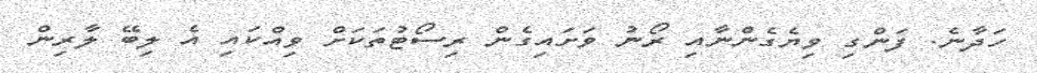
ހަދާނެ. ފަންގި ވިޔެގެންނާއި ރޯނު ވަށައިގެން ރިސޯޓުތަކަށް ވިއްކައި އެ ލިބޭ ލާރިން